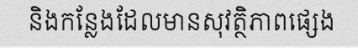
និងកន្លែងដែលមានសុវត្ថិភាពផ្សេង